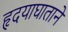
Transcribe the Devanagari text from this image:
हृदयाघाताने